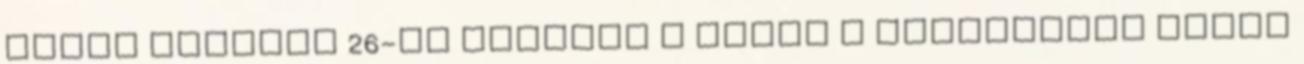
miatt április 26-án ünnepli a világ a Nemzetközi Alien